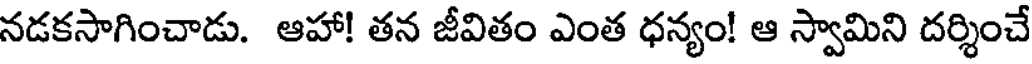
నడకసాగించాడు. ఆహా! తన జీవితం ఎంత ధన్యం! ఆ స్వామిని దర్శించే